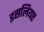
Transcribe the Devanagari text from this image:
इसलियए